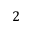
2